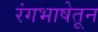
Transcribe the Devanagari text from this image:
रंगभाषेतून